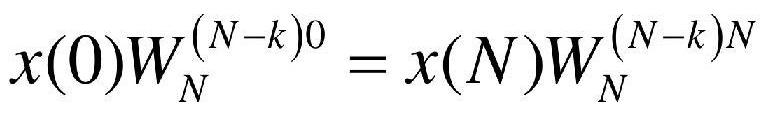
\[x(0)W_{N}^{(N - k)0}=x(N)W_{N}^{(N - k)N}\]